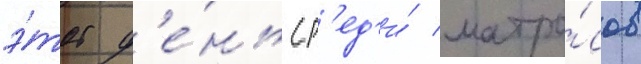
э́тот д'е́нь ср'ед'и́ матро́сов